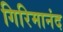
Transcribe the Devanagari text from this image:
गिरिमानंद